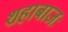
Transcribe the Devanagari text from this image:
शहाबाजः